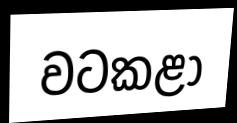
වටකළා